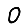
Digit: 0